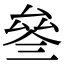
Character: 叄